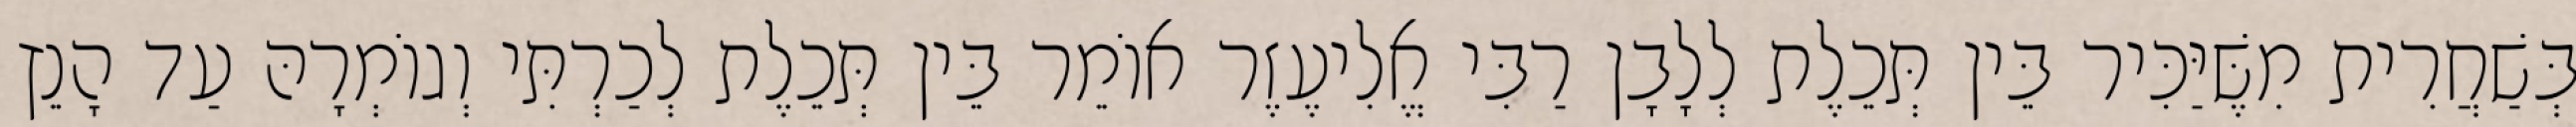
בְּשַׁחֲרִית מִשֶּׁיַּכִּיר בֵּין תְּכֵלֶת לְלָבָן רַבִּי אֱלִיעֶזֶר אוֹמֵר בֵּין תְּכֵלֶת לְכַרְתִּי וְגוֹמְרָהּ עַד הָנֵץ